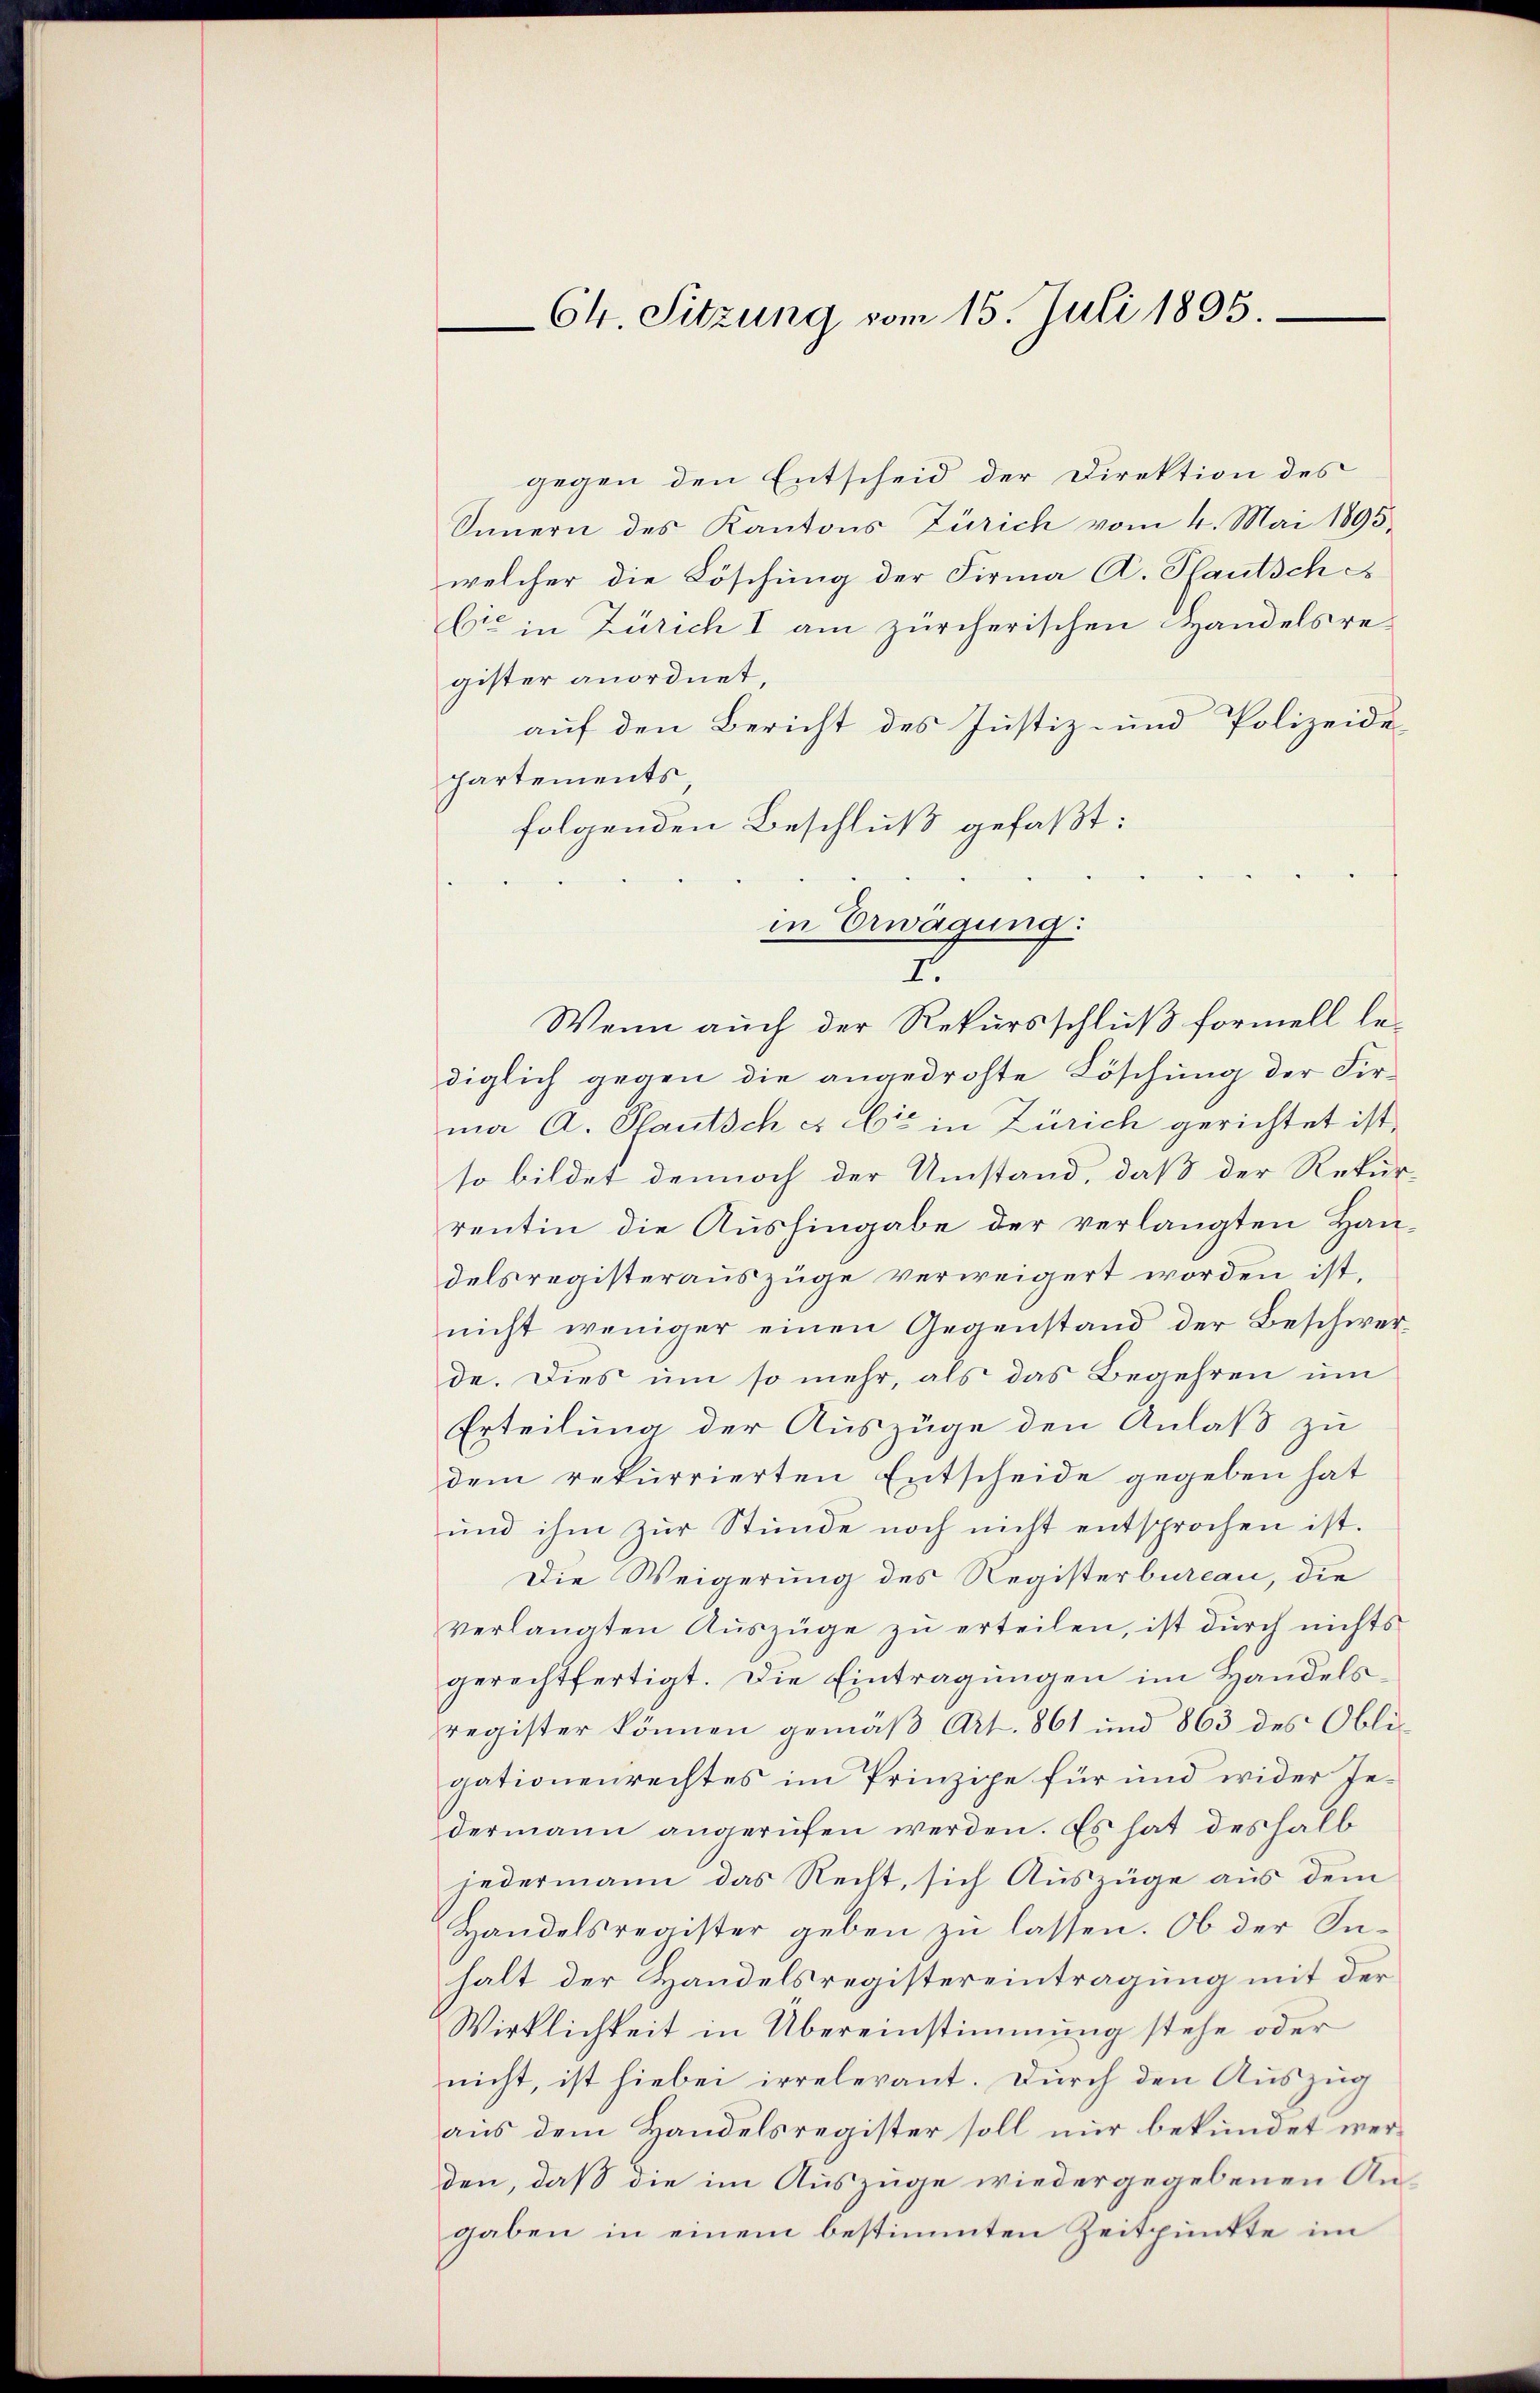
Ch. Sitzung vom 15. Juli 1895

gegen den Entscheid der Direktion des
Innern des Kantons Zürich vom 4. Mai 1895.
welcher die Löschung der Firma C. Pfautsche
Cie in Zürich I am zürcherischen Handelsre-
gister anordnet,
auf den Bericht des Justiz- und Polizeide
hartements
folgenden Beschluß gefaßt:
Wenn auch der Rekursschluß formell lediglich gegen die angedrohte Löschung der Firma A. Pfautsch es bis in Zürich gerichtet ist,
so bildet dennoch der Umstand, daß der Rekur-
rentin die Aŭshingabe der verlangten Haŭ-
delsregisterauszüge verweigert worden ist,
nicht weniger einen Gegenstand der Beschwerde. Dies um so mehr, als das Begehren um
Erteilung der Auszüge den Anlaß zu
dem rekurrierten Entscheide gegeben hat
ŭnd ihm zŭr Stunde noch nicht entsprochen ist.
Die Weigerung des Registerbureau, die
verlangten Aŭszüge zŭ erteilen, ist dŭrch nichts
gerechtfertigt. Die Eintragungen im Handelsregister können gemäß Art. 861 und 863 des Obli-
gationenrechtes im Prinzipe für und wider Jedermann angerufen werden. Es hat deshalb
jedermann das Recht, sich Auszüge aus dem
Handelsregister geben zu lassen. Ob der Suhalt der Handelsregistereintragung mit der
Wirklichkeit in Übereinstimmung stehe oder
nicht, ist hiebei irrelevant. Durch den Auszug
aus dem Handelsregister soll nur bekundet werden, daß die im Auszüge wiedergegebenen Angaben in einem bestimmten Zeitpunkte im

in Erwägung:
I